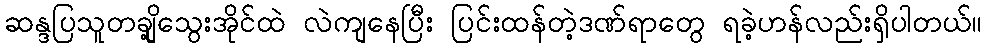
ဆန္ဒပြသူတချို့သွေးအိုင်ထဲ လဲကျနေပြီး ပြင်းထန်တဲ့ဒဏ်ရာတွေ ရခဲ့ဟန်လည်းရှိပါတယ်။